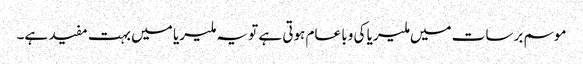
موسم برسات میں ملیریا کی وبا عام ہوتی ہے تو یہ ملیریا میں بہت مفید ہے۔